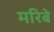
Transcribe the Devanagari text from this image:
मरिबे